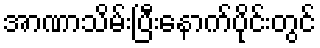
အာဏာသိမ်းပြီးနောက်ပိုင်းတွင်